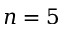
n = 5